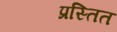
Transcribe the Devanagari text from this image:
प्रस्तित